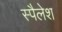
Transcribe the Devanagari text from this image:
स्पैलेश